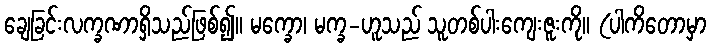
ချေခြင်းလက္ခဏာရှိသည်ဖြစ်၍။ မက္ခော၊ မက္ခ-ဟူသည် သူတစ်ပါးကျေးဇူးကို။ (ပါကိတောမှာ